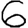
Digit: 6